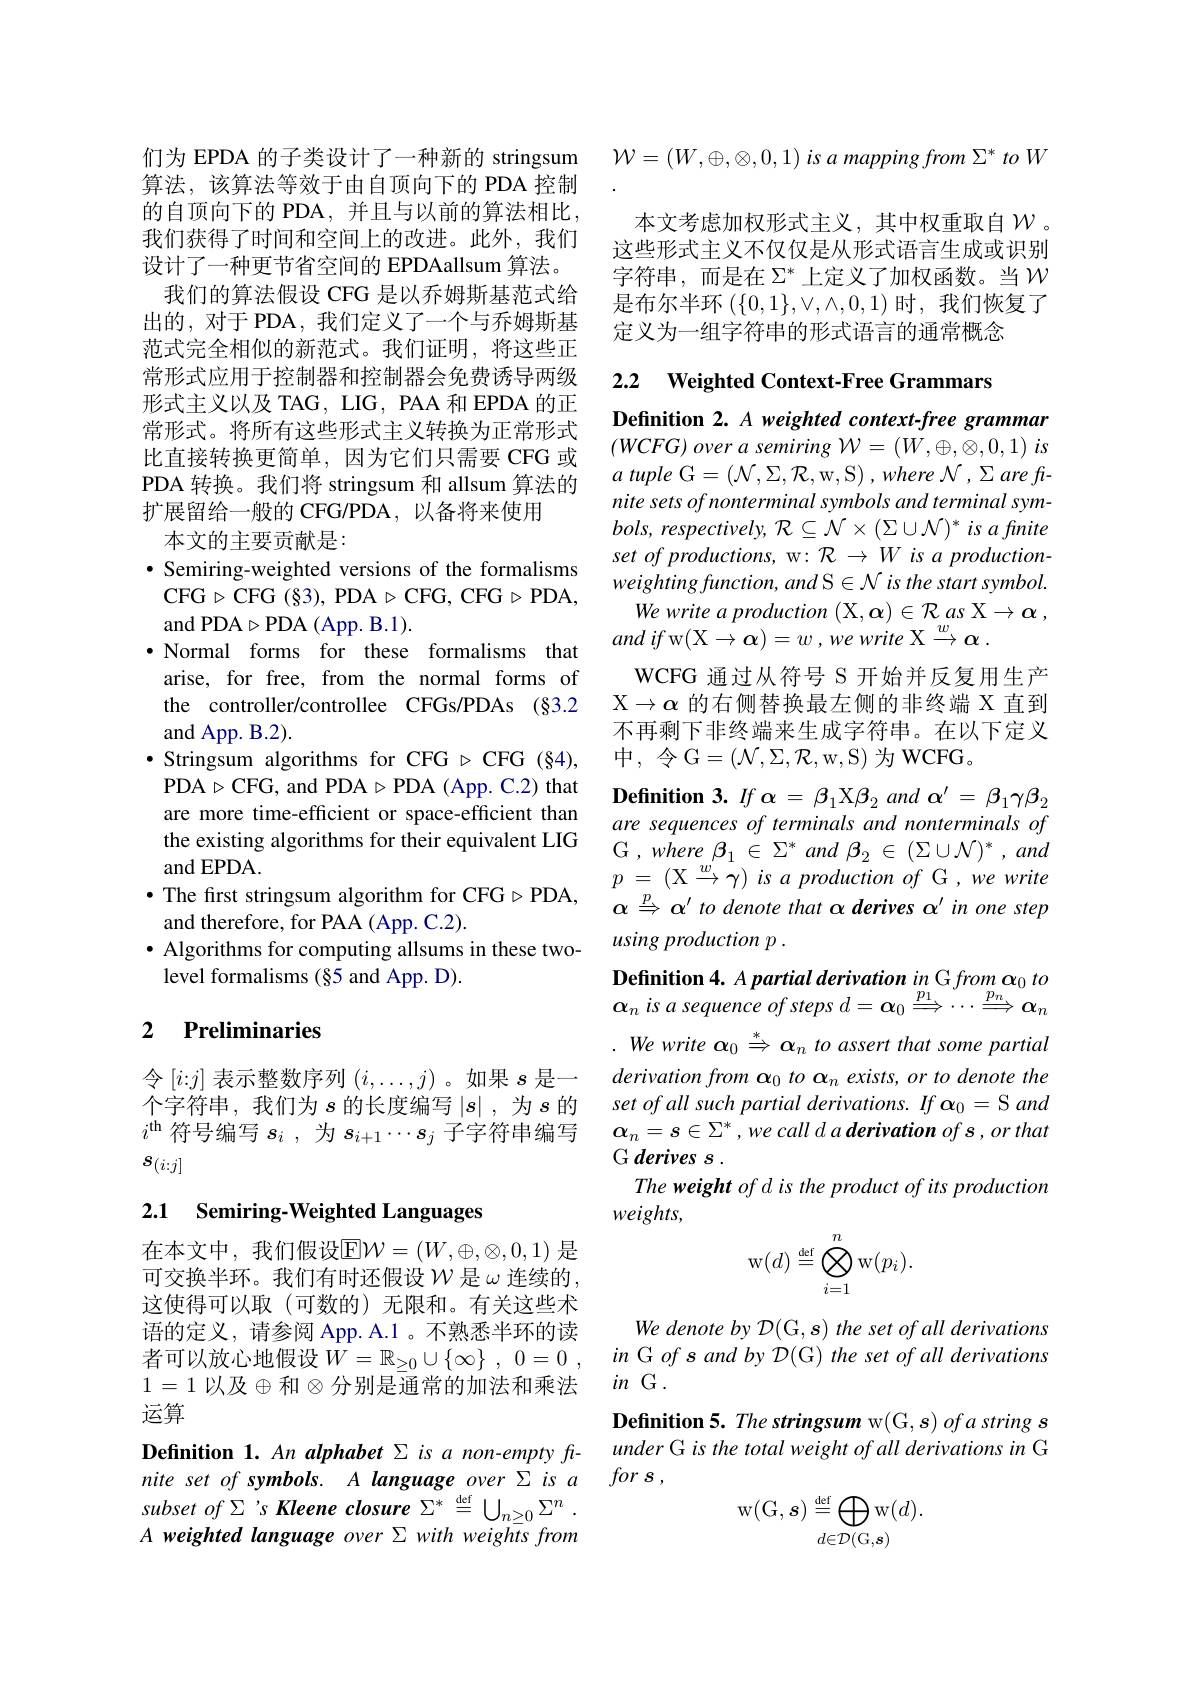
算法，该算法等效于由自顶向下的 PDA 控制的自顶向下的 PDA,并且与以前的算法相比， 我们获得了时间和空间上的改进。此外，我们设计了一种更节省空间的 EPDAallsum 算法。我们的算法假设 CFG 是以乔姆斯基范式给出的，对于 PDA, 我们定义了一个与乔姆斯基范式完全相似的新范式。我们证明，将这些正常形式应用于控制器和控制器会免费诱导两级形式主义以及 TAG, LIG, PAA 和 EPDA 的正常形式。将所有这些形式主义转换为正常形式比直接转换更简单，因为它们只需要 CFG 或PDA 转换。我们将 stringsum 和 allsum 算法的扩展留给一般的 CFG/PDA, 以备将来使用
本文的主要贡献是：

$•$ Semiring-weighted versions of the formalisms CFG$\triangleright$CFG$( \S 3) $,PDA$\triangleright$CFG,CFG$\triangleright$PDA, and PDA$\triangleright$PDA (App. B.1).
$\cdot$Normal forms for these formalisms that arise, for free, from the normal forms of the controller/controllee CFGs/PDAs (§3.2 and App. B.2).
$\bullet$ Stringsum algorithms for CFG $\triangleright$ CFG (§4), PDA$\triangleright$CFG, and PDA$\triangleright$PDA(App. C.2) that are more time-efficient or space-efficient than the existing algorithms for their equivalent LIG and EPDA.
$\bullet$ The frst stringsum algorithm for CFG$\triangleright$PDA,
and therefore, for PAA (App. C.2).
$\bullet$ Algorithms for computing allsums in these two-
level formalisms (§5 and App. D).

## 2 $\textbf{Preliminaries}$

令$[i{:}j]$表示整数序列$(i,\ldots,j)$ 。如果$s$是一个字符串，我们为$s$ 的长度编写 $|s|$ ,为$s$ 的$i^\mathrm{th}$符号编写$s_i$ ,为$s_i+1\cdots s_j$子字符串编写$s_{(i:j]}$

## 2.1 Semiring-Weighted Languages

在本文中，我们假设$\mathbb{E}\mathcal{W}=(W,\oplus,\otimes,0,1)$ 是可交换半环。我们有时还假设$\mathcal{W}$是$\omega$连续的， 这使得可以取(可数的)无限和。有关这些术语的定义，请参阅 App. A.1 。不熟悉半环的读者可以放心地假设$W= \mathbb{R} _\geq 0\cup \{ \infty \}$ , 0=0 , 1=1 以及$\oplus$和$\otimes\bar\text{分别是通常的加法和乘法}$ 运算
Definition 1. An alphabet Σ is a non-empty finite set of symbols. A language over Σis a subset of Σ's Kleene closure $\Sigma ^* \overset {\mathrm{def}}{\operatorname* { = } }\bigcup _{n\geq 0}\Sigma ^n$ . A weighted language over $\Sigma$ with weights from

们为 EPDA 的子类设计了一种新的 stringsum $\mathcal{W} = ( W, \oplus , \otimes , 0, 1) \textit{is a mapping from }\Sigma ^*$ to W
本文考虑加权形式主义，其中权重取自$\mathcal{W}$ 。这些形式主义不仅仅是从形式语言生成或识别字符串，而是在$\Sigma^*$上定义了加权函数。当$\mathcal{W}$ 是布尔半环$(\{0,1\},\vee,\wedge,0,1)$时，我们恢复了定义为一组字符串的形式语言的通常概念

2.2 Weighted Context-Free Grammars

Definition 2. A weighted context-free grammar $( WCFG) \textit{ over a semiring }\mathcal{W} = \left ( W, \oplus , \otimes , 0, 1\right ) is$ $a$ tuple G$=(\mathcal{N},\Sigma,\mathcal{R}$,w,S$) , where\mathcal{N} , \Sigma \textit{are fr- }$ nite sets of nonterminal symbols and terminal sym- $bols,respectively,{\mathcal R}\subseteq{\mathcal N}\times(\Sigma\cup{\mathcal N})^{*}$ is afmite set of productions, w: R → W is a production- $weightingfunction,and$ S$\in \mathcal{N} \textit{is the start symbol. }$
We write a production (X, $\alpha)\in\mathcal{R}$ as X$\to\alpha$ ,
and $if$ w(X$\rightarrow \boldsymbol{\alpha }) = w$ , $we$ write X$\xrightarroww\alpha$ .
WCFG 通过从符号 S 开始并反复用生产$\mathcal{X}\to\alpha$的右侧替换最左侧的非终端 X 直到不再剩下非终端来生成字符串。在以下定义${\text{中，令 G}}=({\mathcal{N}},\Sigma,{\mathcal{R}},{\mathcal{W}},{\mathcal{S}})$为 WCFG。
$\textbf{Definition 3. }If$ $\alpha = \beta _1$X$\beta_2$ and $\alpha^\prime=\beta_1\gamma\beta_2$ are sequences of terminals and nonterminals of $\mathcal{G} , where\beta _{1}\in \Sigma ^{* }$ and $\beta _{2}\in$ $( \Sigma \cup \mathcal{N} ) ^{* }, and$ $p$ = (X $\overset w^{\prime }{\operatorname* { \rightarrow } }\gamma )$ $is$ $a$ production $of$ $G$ $, we$ write $\alpha\stackrel{p}{\Rightarrow}\alpha^{\prime}$ to denote that $\alpha$ derives $\alpha^\prime$ in one step usingproductionp .
Definition 4. A partial derivation in G from $\boldsymbol{\alpha }_0\textit{to}$ $\alpha_n$ is a sequence of steps $d=\boldsymbol\alpha_0\overset{p_1}{\operatorname*{\Longrightarrow}}\cdots\overset{p_n}{\operatorname*{\Longrightarrow}}\boldsymbol{\alpha}_n$ . We write $\alpha _0\overset {* }{\operatorname* { \operatorname* { \Rightarrow } } }\alpha _n\textit{ to assert that some partial}$ derivation from $\alpha _0\textit{to α }_n\textit{exists, or to denote the}$ set of all such partial derivations. If $\alpha_0=$S and $\alpha _n= s\in \Sigma ^* , we\textit{call d a derivation of s , or that}$ G derives s .
The weight of d is the product of its production
$weights$,
$$\mathrm w(d)\stackrel{\mathrm d\mathrm ef}{=}\bigotimes_{i=1}^n\mathrm w(p_i).$$
We denote by D(G, s) the set of all derivations in G of s and by D(G) the set of all derivations $in$G.
Definition 5. The stringsum w(G, s) ofa string s under G is the total weight of all derivations in G for $s$ ,
$$\mathrm{w}(\mathrm{G},s)\stackrel{\mathrm{def}}{=}\bigoplus_{d\in\mathcal{D}(\mathrm{G},s)}\mathrm{w}(d).$$